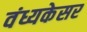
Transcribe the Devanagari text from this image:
वंध्यकेसर